Medical and sanitary report of the native army of Bengal for the year
Year: 1878
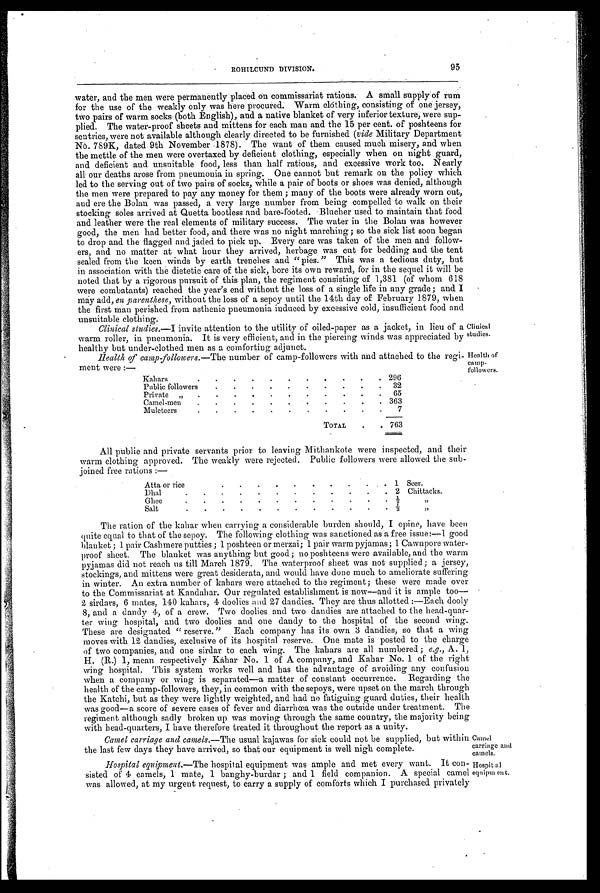
Camel
carriage and
camels.
Hospital
equipment.
ROHILCUND DIVISION.
95
water, and the men were permanently placed on commissariat rations. A small supply of rum
for the use of the weakly only was here procured. Warm clothing, consisting of one jersey,
two pairs of warm socks (both English), and a native blanket of very inferior texture, were sup-
plied. The water-proof sheets and mittens for each man and the 15 per cent. of poshteens for
sentries, were not available although clearly directed to be furnished (vide Military Department
No. 789K, dated 9th November 1878). The want of them caused much misery, and when
the mettle of the men were overtaxed by deficient clothing, especially when on night guard,
and deficient and unsuitable food, less than half rations, and excessive work too. Nearly
all our deaths arose from pneumonia in spring. One cannot but remark on the policy which
led to the serving out of two pairs of socks, while a pair of boots or shoes was denied, although
the men were prepared to pay any money for them ; many of the boots were already worn out,
and ere the Bolan was passed, a very large number from being compelled to walk on their
stocking soles arrived at Quetta bootless and bare-footed. Blucher used to maintain that food
and leather were the real elements of military success. The water in the Bolan was however
good, the men had better food, and there was no night marching; so the sick list soon began
to drop and the flagged and jaded to pick up. Every care was taken of the men and follow-
ers, and no matter at what hour they arrived, herbage was cut for bedding and the tent
sealed from the keen winds by earth trenches and "pies." This was a tedious duty, but
in association with the dietetic care of the sick, bore its own reward, for in the sequel it will be
noted that by a rigorous pursuit of this plan, the regiment consisting of 1,381 (of whom 618
were combatants) reached the year's end without the loss of a single life in any grade ; and I
may add, en parenthese, without the loss of a sepoy until the 14th day of February 1879, when
the first man perished from asthenic pneumonia induced by excessive cold, insufficient food and
unsuitable clothing.
Clinical studies. —I invite attention to the utility of oiled-paper as a jacket, in lieu of a
warm roller, in pneumonia. It is very efficient, and in the piercing winds was appreciated by
healthy but under-clothed men as a comforting adjunct.
Health of camp -followers.—The number of camp-followers with and attached to the regi-
ment were :—
Kahars
. .
2 9 6
Public followers
.
.
.
. .
.
.
.
.
. 32
Private „ .
.
.
.
.
.
. .
. 65
Camel-men
.
.
.
.
.
.
.
.
.
. . 363
Muleteers
.
.
7
TOTAL
. . 763
Clinical
studies.
Health of
Camp -
followers.
All public and private servants prior to leaving Mithankote were inspected, and their
warm clothing approved. The weakly were rejected. Public followers were allowed the sub-
joined free rations :—
Atta or rice
.
.
.
. .
. .
.
.
. 1 Seer.
Dhal
.
. .
.
.
. .
.
.
. .
. 2 Chittacks.
Ghee
.
. .
.
. .
.
.
. . ½
,,
Salt
.
. .
.
. .
.
.
. . 1 / 3
, ,
The ration of the Mahar when carrying a considerable burden should, I opine, have been
quite equal to that of the sepoy. The following clothing was sanctioned as a free issue:—I good
blanket ; 1 pair Cashmere putties ; 1 poshteen or merzai; 1 pair warm pyjamas ; 1 Cawnpore water-
proof sheet. The blanket was anything but good; no poshteens were available, and the warm
pyjamas did not reach us till March 1879. The waterproof sheet was not supplied ; a jersey,
stockings, and mittens were great desiderata, and would have done much to ameliorate suffering
in winter. An extra number of kahars were attached to the regiment; these were made over
to the Commissariat at Kandahar. Our regulated establishment is now—and it is ample too
— 2 s i r d a r s , 6 m a t e s , 1 4 0 k a h a r s , 4 d o o l i e s a n d 2 7 d a n d i e s . T h e y a r e t h u s a l l o t t e d : — E a c h d o o l y
8, and a dandy 4, of a crew. Two doolies and two dandies are attached to the head-quar-
ter wing hospital, and two doolies and one dandy to the hospital of the second wing.
These are designated " reserve." Each company has its own 3 dandies, so that a wing
moves with 12 dandies, exclusive of its hospital reserve. One mate is posted to the charge
of two companies, and one sirdar to each wing. The kahars are all numbered ; e.g., A. 1,
H. (R.) 1, mean respectively Kahar No. 1 of A company, and Kahar No. 1 of the right
wing hospital. This system works well and has the advantage of avoiding any confusion
when a company or wing is separated—a matter of constant occurrence. Regarding the
health of the camp-followers, they, in common with the sepoys, were upset on the march through
the Katchi, but as they were lightly weighted, and had no fatiguing guard duties, their health
w a s g o o d — a s c o r e o f s e v e r e c a s e s o f f e v e r a n d d i a r r h œ a w a s t h e o u t s i d e u n d e r t r e a t m e n t . T h e
regiment although sadly broken up was moving through the same country, the majority being
with head-quarters, I have therefore treated it throughout the report as a unity.
Camel carriage and camels. —The usual kajawas for sick could not be supplied, but within
the last few days they have arrived, so that our equipment is well nigh complete.
Hospital equipment.—The hospital equipment was ample and met every want. It con-
sisted of 4 camels, 1 mate, 1 banghy-burdar ; and 1 field companion. A special camel
was allowed, at my urgent request, to carry a supply of comforts which I purchased privately.